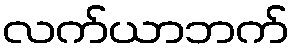
လက်ယာဘက်